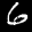
Label: 6